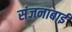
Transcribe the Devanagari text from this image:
संजनाबाई